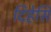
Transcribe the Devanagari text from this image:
दिहेसि